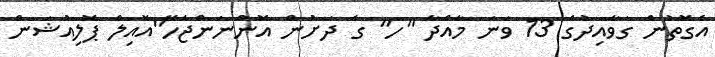
އެގޮތުން ގަވާއިދުގެ 13 ވަނަ މާއްދާ "ހ" ގެ ދަށުން އޮންނަންޖެހޭ"އޮއިލް ޕޮލިއުޝަން